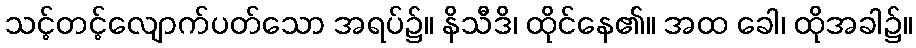
သင့်တင့်လျောက်ပတ်သော အရပ်၌။ နိသီဒိ၊ ထိုင်နေ၏။ အထ ခေါ၊ ထိုအခါ၌။